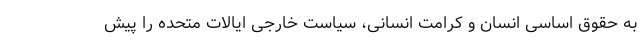
به حقوق اساسی انسان و كرامت انسانی، سیاست خارجی ایالات متحده را پیش